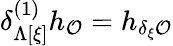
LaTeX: \delta_{\Lambda[\xi]}^{(1)}h_{\cal O}=h_{\delta_{\xi}{\cal O}}